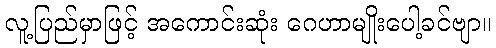
လူ့ပြည်မှာဖြင့် အကောင်းဆုံး ဂေဟာမျိုးပေါ့ခင်ဗျာ။